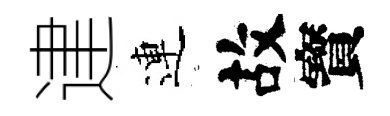
䢖連故寳